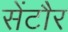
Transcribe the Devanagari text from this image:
सेंटौर